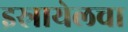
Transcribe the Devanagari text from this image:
इस्रायेलचा